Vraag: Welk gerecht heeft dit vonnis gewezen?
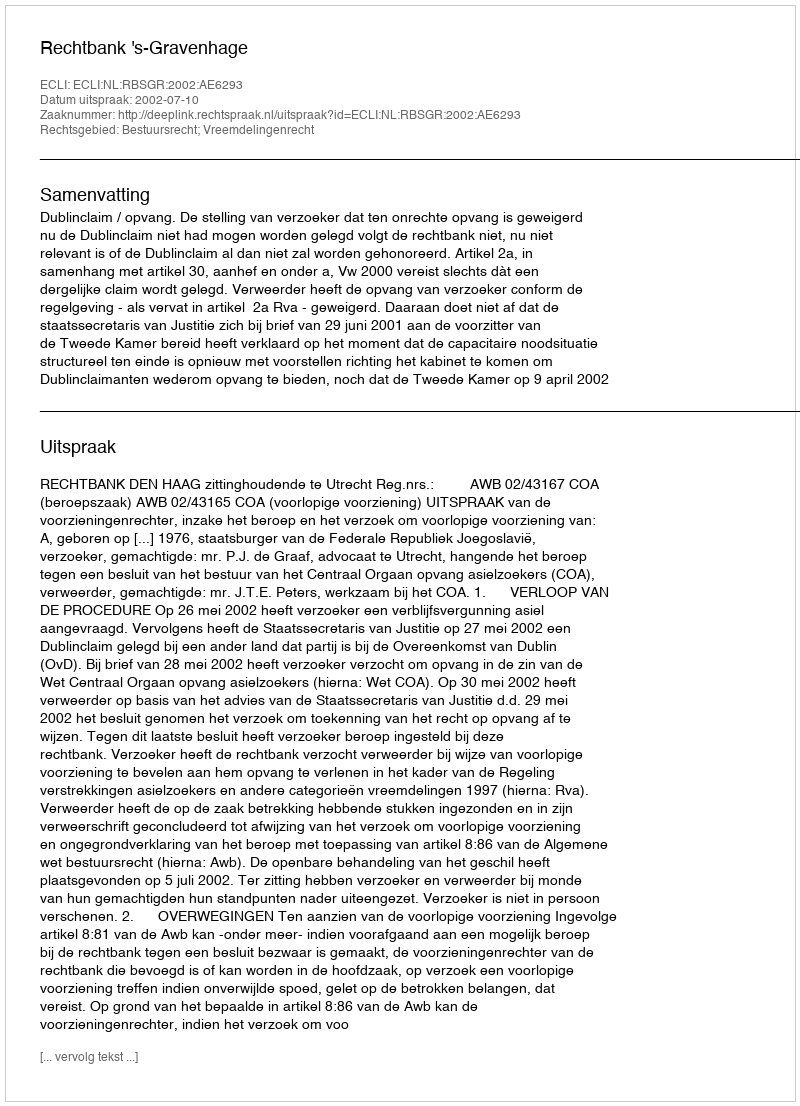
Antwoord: Rechtbank 's-Gravenhage